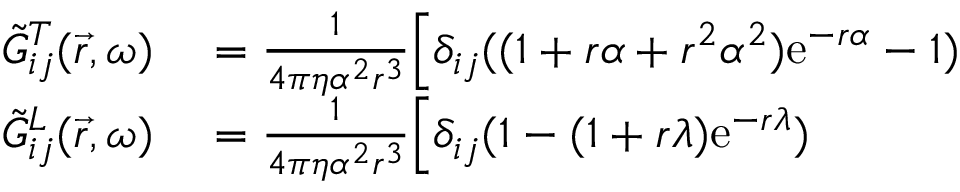
\begin{array} { r l } { \Tilde { G } _ { i j } ^ { T } ( \vec { r } , \omega ) } & { { } = \frac { 1 } { 4 \pi \eta \alpha ^ { 2 } r ^ { 3 } } \Big [ \delta _ { i j } ( ( 1 + r \alpha + r ^ { 2 } \alpha ^ { 2 } ) \mathrm { e } ^ { - r \alpha } - 1 ) } \\ { \Tilde { G } _ { i j } ^ { L } ( \vec { r } , \omega ) } & { { } = \frac { 1 } { 4 \pi \eta \alpha ^ { 2 } r ^ { 3 } } \Big [ \delta _ { i j } ( 1 - ( 1 + r \lambda ) \mathrm { e } ^ { - r \lambda } ) } \end{array}